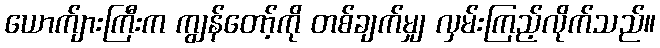
ယောက်ျားကြီးက ကျွန်တော့်ကို တစ်ချက်မျှ လှမ်းကြည့်လိုက်သည်။